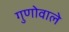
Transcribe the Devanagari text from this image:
गुणोवाले